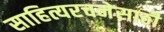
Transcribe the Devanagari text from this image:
साहित्यरचनेसाठी